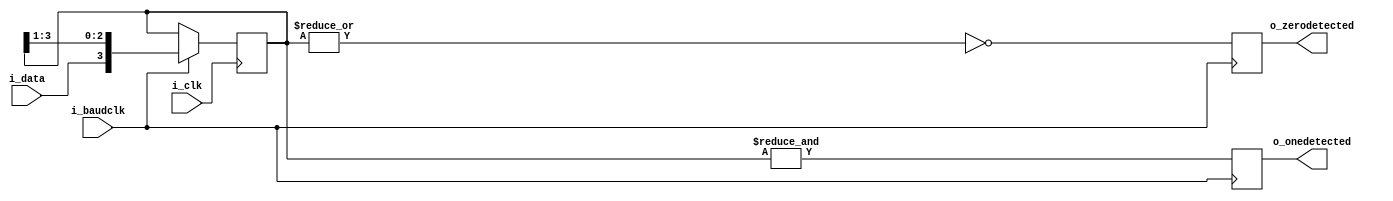


    module bitchecker_rx(i_data,i_clk,i_baudclk,
	                     o_zerodetected,o_onedetected);
	 
     input i_data,i_baudclk,i_clk;
     output reg o_onedetected,o_zerodetected;
     
      reg[3:0] tempreg;
       
	   //assign o_onedetected  = & (tempreg);
	   //assign o_zerodetected = ~| (tempreg);
     always@(posedge i_clk)
        begin
		   if(i_baudclk)
		       tempreg <= {i_data,tempreg[3:1]} ;
        end		
		
	 always@(posedge i_baudclk)
          begin
		      o_onedetected  <= & (tempreg);
	          o_zerodetected <= ~| (tempreg);
          end		  
	endmodule